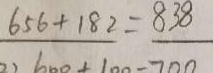
6 5 6 + 1 8 2 = 8 3 8